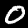
Label: 0